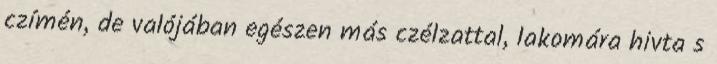
czímén, de valójában egészen más czélzattal, lakomára hivta s